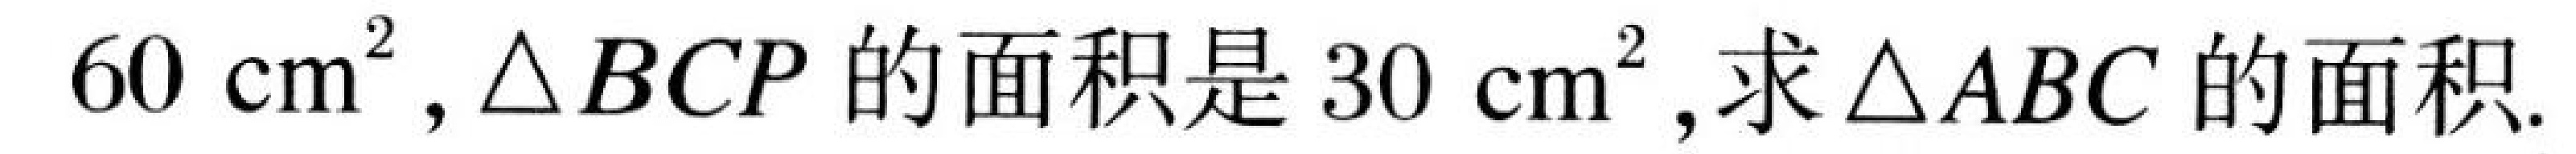
$60\mathrm{cm}^{2},\triangle BCP$的面积是$30\mathrm{cm}^{2},求\triangle ABC$的面积.